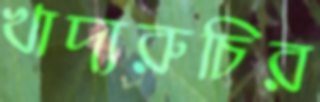
খাদ্যরুচির